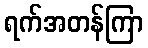
ရက်အတန်ကြာ